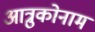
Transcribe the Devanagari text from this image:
आत्रुकोनाम